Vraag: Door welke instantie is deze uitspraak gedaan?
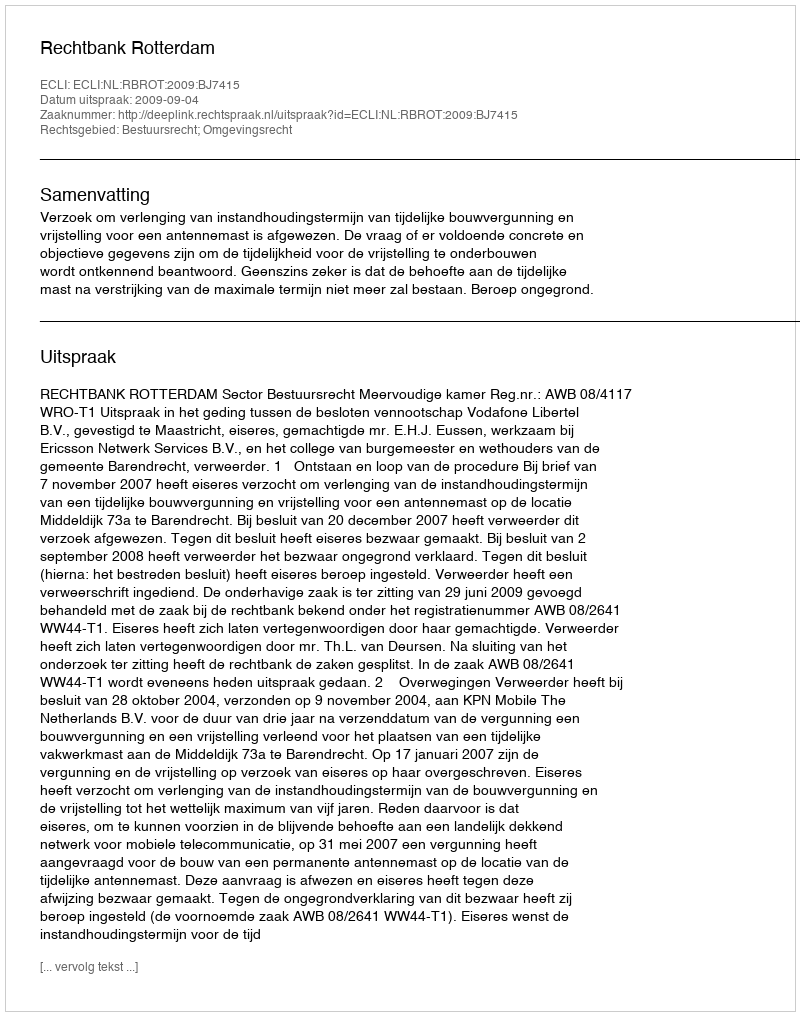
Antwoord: Rechtbank Rotterdam